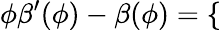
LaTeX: \phi\beta^{\prime}(\phi)-\beta(\phi)=\left\{ \begin{array}{rlrl}\end{array}\right.